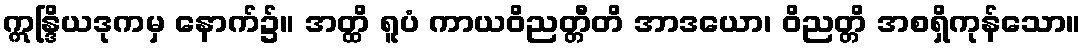
ဣန္ဒြိယဒုကမှ နောက်၌။ အတ္ထိ ရူပံ ကာယဝိညတ္တီတိ အာဒယော၊ ဝိညတ္တိ အစရှိကုန်သော။